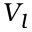
V _ { l }